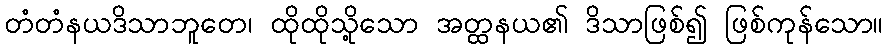
တံတံနယဒိသာဘူတေ၊ ထိုထိုသို့သော အတ္ထနယ၏ ဒိသာဖြစ်၍ ဖြစ်ကုန်သော။